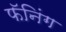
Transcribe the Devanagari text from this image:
फॅनिंग